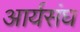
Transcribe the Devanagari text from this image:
आर्यसंघ